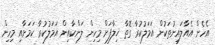
އެހެން އެއާލައިނުތަކުން އަމަލުކުރާ ގޮތާ ޚިލާފަށް މިހިން ލަންކާއިން އަމަލުކުރާ ކަމަށާއި މިހިން